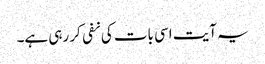
یہ آیت اسی بات کی نفی کر رہی ہے۔